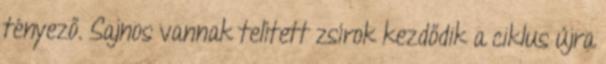
tényező. Sajnos vannak telített zsírok kezdődik a ciklus újra